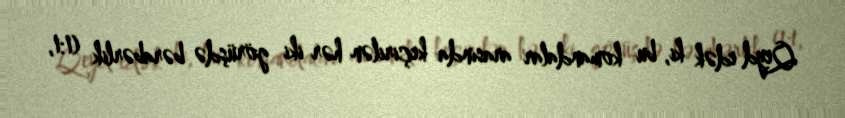
Qeyd edək ki, bu komandalar arasında keçirilən hər iki görüşdə bərabərlik (1:1,